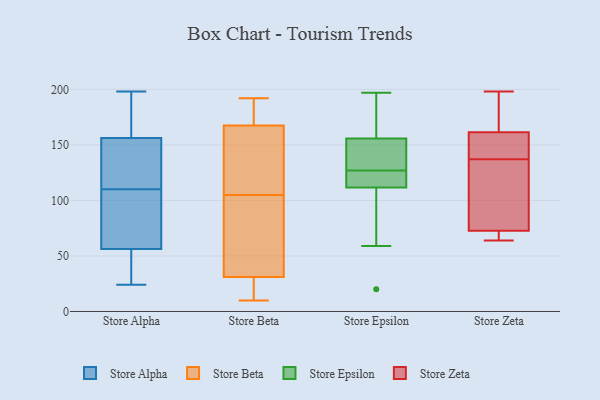
{"axis": {"x": "Net Income (USD K)", "y": "Value"}, "legend": ["Store Alpha", "Store Beta", "Store Epsilon", "Store Zeta"], "data": [{"x": "", "y": 61, "type": "Store Alpha"}, {"x": "", "y": 24, "type": "Store Alpha"}, {"x": "", "y": 65, "type": "Store Alpha"}, {"x": "", "y": 195, "type": "Store Alpha"}, {"x": "", "y": 198, "type": "Store Alpha"}, {"x": "", "y": 147, "type": "Store Alpha"}, {"x": "", "y": 70, "type": "Store Alpha"}, {"x": "", "y": 150, "type": "Store Alpha"}, {"x": "", "y": 106, "type": "Store Alpha"}, {"x": "", "y": 175, "type": "Store Alpha"}, {"x": "", "y": 42, "type": "Store Alpha"}, {"x": "", "y": 28, "type": "Store Alpha"}, {"x": "", "y": 125, "type": "Store Alpha"}, {"x": "", "y": 198, "type": "Store Alpha"}, {"x": "", "y": 110, "type": "Store Alpha"}, {"x": "", "y": 30, "type": "Store Alpha"}, {"x": "", "y": 148, "type": "Store Alpha"}, {"x": "", "y": 10, "type": "Store Beta"}, {"x": "", "y": 26, "type": "Store Beta"}, {"x": "", "y": 95, "type": "Store Beta"}, {"x": "", "y": 96, "type": "Store Beta"}, {"x": "", "y": 170, "type": "Store Beta"}, {"x": "", "y": 192, "type": "Store Beta"}, {"x": "", "y": 114, "type": "Store Beta"}, {"x": "", "y": 188, "type": "Store Beta"}, {"x": "", "y": 36, "type": "Store Beta"}, {"x": "", "y": 18, "type": "Store Beta"}, {"x": "", "y": 157, "type": "Store Beta"}, {"x": "", "y": 165, "type": "Store Beta"}, {"x": "", "y": 148, "type": "Store Epsilon"}, {"x": "", "y": 114, "type": "Store Epsilon"}, {"x": "", "y": 178, "type": "Store Epsilon"}, {"x": "", "y": 59, "type": "Store Epsilon"}, {"x": "", "y": 127, "type": "Store Epsilon"}, {"x": "", "y": 176, "type": "Store Epsilon"}, {"x": "", "y": 131, "type": "Store Epsilon"}, {"x": "", "y": 115, "type": "Store Epsilon"}, {"x": "", "y": 197, "type": "Store Epsilon"}, {"x": "", "y": 105, "type": "Store Epsilon"}, {"x": "", "y": 20, "type": "Store Epsilon"}, {"x": "", "y": 120, "type": "Store Epsilon"}, {"x": "", "y": 149, "type": "Store Epsilon"}, {"x": "", "y": 119, "type": "Store Zeta"}, {"x": "", "y": 137, "type": "Store Zeta"}, {"x": "", "y": 118, "type": "Store Zeta"}, {"x": "", "y": 153, "type": "Store Zeta"}, {"x": "", "y": 64, "type": "Store Zeta"}, {"x": "", "y": 157, "type": "Store Zeta"}, {"x": "", "y": 68, "type": "Store Zeta"}, {"x": "", "y": 67, "type": "Store Zeta"}, {"x": "", "y": 163, "type": "Store Zeta"}, {"x": "", "y": 146, "type": "Store Zeta"}, {"x": "", "y": 67, "type": "Store Zeta"}, {"x": "", "y": 198, "type": "Store Zeta"}, {"x": "", "y": 181, "type": "Store Zeta"}, {"x": "", "y": 87, "type": "Store Zeta"}, {"x": "", "y": 167, "type": "Store Zeta"}]}